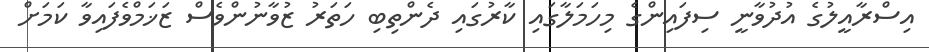
އިސްރާއީލުގެ އުދުވާނީ ސިފައިންގެ މިހަމަލާގައި ކާރުގައި ދެންތިބި ހަތަރު ޒުވާނުންވެސް ޒަޚަމްވެފައިވާ ކަމަށް